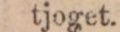
tjoget.